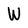
Character: W